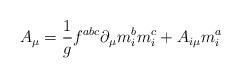
LaTeX: \begin{align*}A_\mu =\frac 1gf^{abc}\partial _\mu m_i^bm_i^c+A_{i\mu }m_i^a\end{align*}